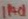
Text: IP+01